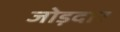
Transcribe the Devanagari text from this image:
जोड़दार